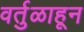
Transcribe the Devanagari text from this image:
वर्तुळाहून